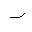
Letter: _ra